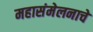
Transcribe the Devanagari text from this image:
महासंमेलनाचे